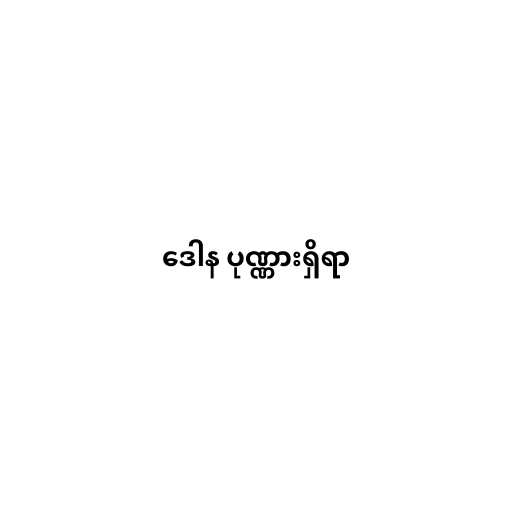
ဒေါန ပုဏ္ဏားရှိရာ